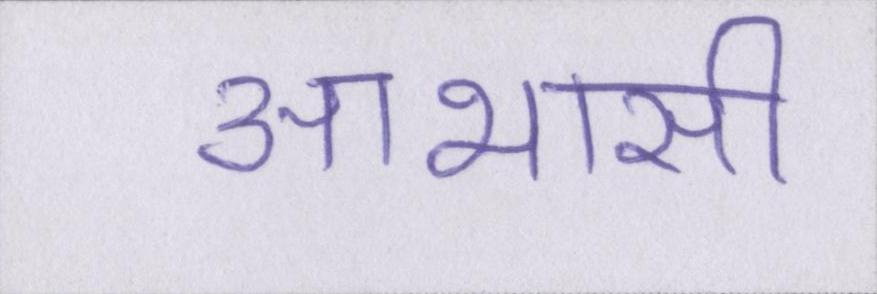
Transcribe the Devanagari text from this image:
आभासी